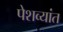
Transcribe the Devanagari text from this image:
पेशव्यांत